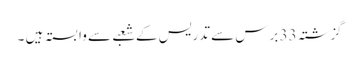
گزشتہ 33 برس سے تدریس کے شعبے سے وابستہ ہیں ۔